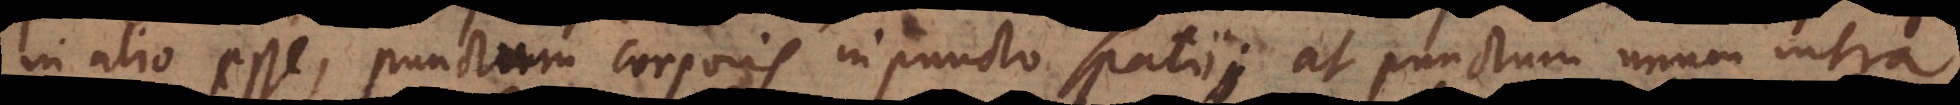
in alio esse, punctum corporis in puncto spatii; at punctum unum intra